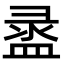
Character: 盝